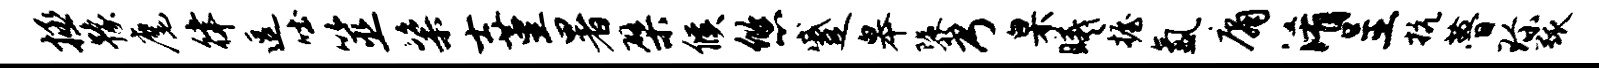
拯豫麾律逗吐筮粢士堇暑檗候悠蹙皋隳乃臬曦握氲庸淆呈抗瞢珍弧